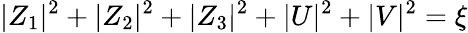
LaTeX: |Z_{1}|^{2}+|Z_{2}|^{2}+|Z_{3}|^{2}+|U|^{2}+|V|^{2}=\xi